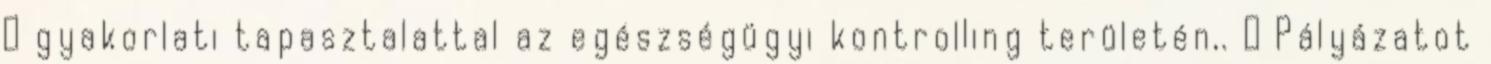
 gyakorlati tapasztalattal az egészségügyi kontrolling területén,.  Pályázatot